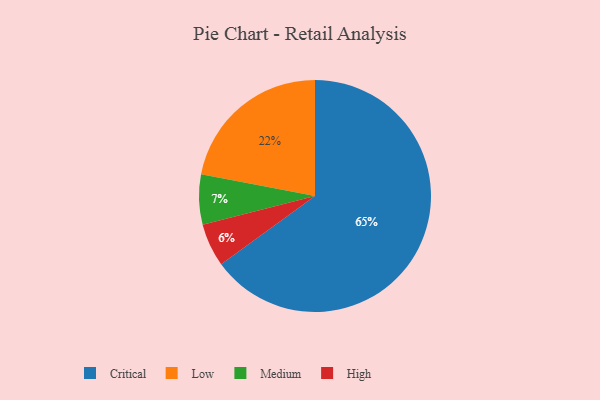
{"axis": {"x": "Category", "y": "Percentage"}, "legend": ["Critical", "High", "Low", "Medium"], "data": [{"x": "High", "y": 6, "type": "High"}, {"x": "Medium", "y": 7, "type": "Medium"}, {"x": "Critical", "y": 65, "type": "Critical"}, {"x": "Low", "y": 22, "type": "Low"}]}